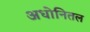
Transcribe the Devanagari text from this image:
अधोनितल